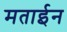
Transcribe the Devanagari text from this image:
मताईन